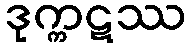
ဒုက္ကဋဿ